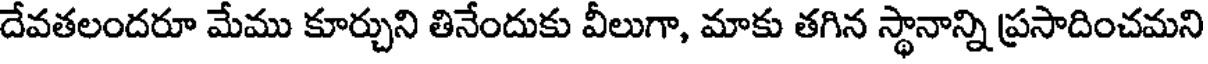
దేవతలందరూ మేము కూర్చుని తినేందుకు వీలుగా, మాకు తగిన స్థానాన్ని ప్రసాదించమని